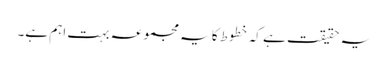
یہ حقیقت ہے کہ خطوط کا یہ مجموعہ بہت اہم ہے۔